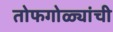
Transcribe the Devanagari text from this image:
तोफगोळ्यांची